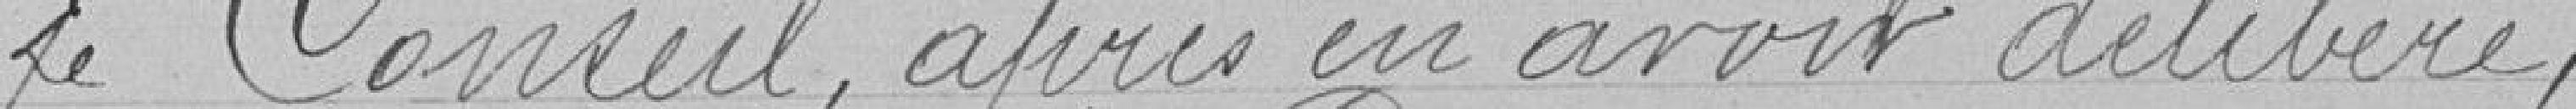
Le Conseil, après en avoir délibéré,